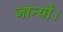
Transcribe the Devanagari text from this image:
जान्यो।